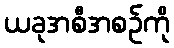
ယခုအစီအစဉ်ကို